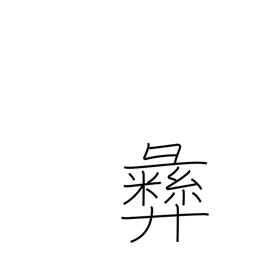
Meaning: moral principle